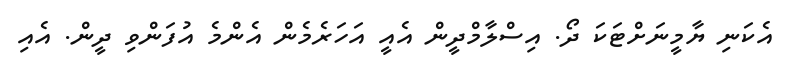
އެކަނި ޔާމީނަށްޓަކަ ދޯ. އިސްލާމްދީން އެއީ އަހަރެމެން އެންމެ އުފަންވި ދީން. އެއި